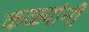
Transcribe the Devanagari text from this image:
कळ्यांनी